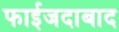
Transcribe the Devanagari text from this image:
फाईजदाबाद